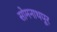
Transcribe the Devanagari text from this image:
सोमनाथपूर